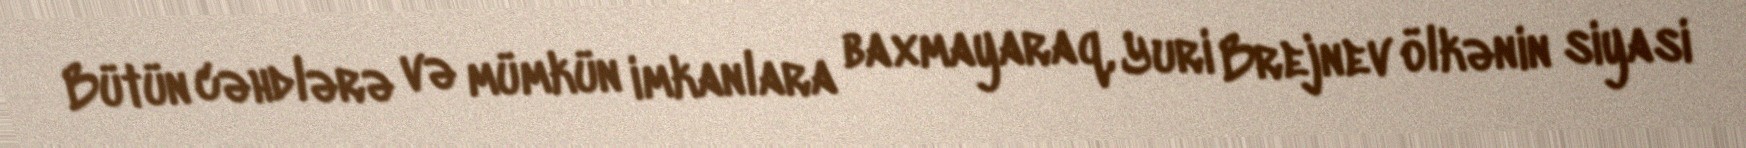
Bütün cəhdlərə və mümkün imkanlara baxmayaraq, Yuri Brejnev ölkənin siyasi